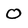
Character: 0